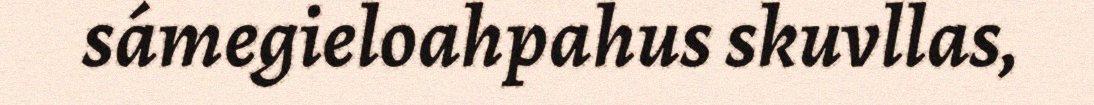
sámegieloahpahus skuvllas,